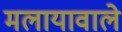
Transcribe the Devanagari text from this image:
मलायावाले